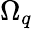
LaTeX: \Omega_{q}